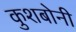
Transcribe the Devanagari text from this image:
कुशबोनी